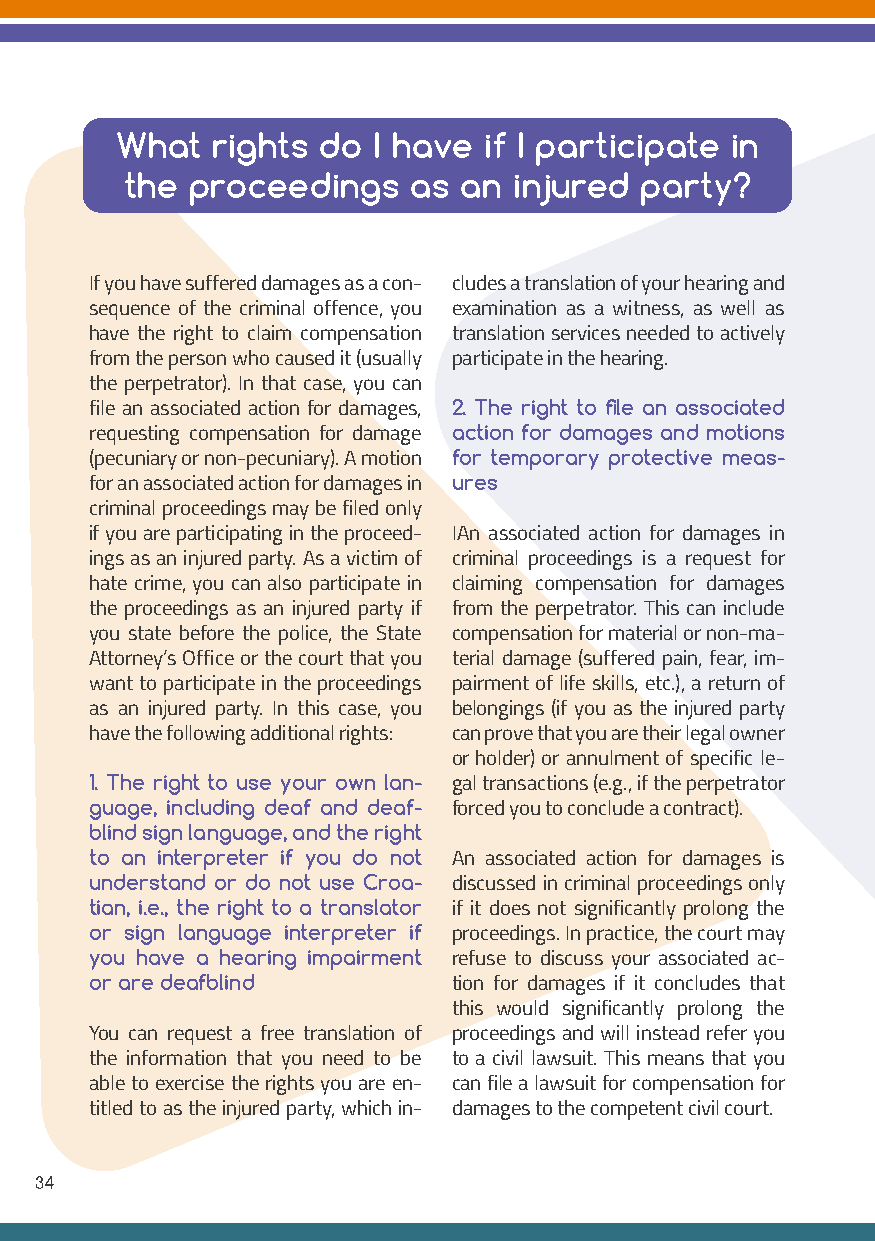
What  rights do  I have if I participate in
 the  proceedings   as an  injured party?
 If you have suffered damages as a con- cludes a translation of your hearing and
 sequence of the criminal offence, you examination as a witness, as well as
 have the right to claim compensation translation services needed to actively
 from the person who caused it (usually participate in the hearing.
 the perpetrator). In that case, you can
 file an associated action for damages, 2. The right to file an associated
 requesting compensation for damage action for damages and motions
 (pecuniary or non-pecuniary). A motion for temporary protective meas-
 for an associated action for damages in ures
 criminal proceedings may be filed only
 if you are participating in the proceed- IAn associated action for damages in
 ings as an injured party. As a victim of criminal proceedings is a request for
 hate crime, you can also participate in claiming compensation for damages
 the proceedings as an injured party if from the perpetrator. This can include
 you state before the police, the State compensation for material or non-ma-
 Attorney’s Office or the court that you terial damage (suffered pain, fear, im-
 want to participate in the proceedings pairment of life skills, etc.), a return of
 as an injured party. In this case, you belongings (if you as the injured party
 have the following additional rights: can prove that you are their legal owner
 or holder) or annulment of specific le-
 1. The right to use your own lan- gal transactions (e.g., if the perpetrator
 guage, including deaf and deaf- forced you to conclude a contract).
 blind sign language, and the right
 to an interpreter if you do not An associated action for damages is
 understand or do not use Croa- discussed in criminal proceedings only
 tian, i.e., the right to a translator if it does not significantly prolong the
 or sign language interpreter if proceedings. In practice, the court may
 you have a hearing impairment refuse to discuss your associated ac-
 or are deafblind        tion for damages if it concludes that
 this would significantly prolong the
 You can request a free translation of proceedings and will instead refer you
 the information that you need to be to a civil lawsuit. This means that you
 able to exercise the rights you are en- can file a lawsuit for compensation for
 titled to as the injured party, which in- damages to the competent civil court.
 34